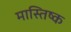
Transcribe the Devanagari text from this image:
मास्तिष्क